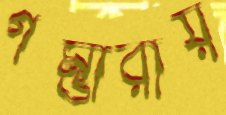
গম্ভীরায়